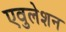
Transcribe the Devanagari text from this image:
एवुलेशन